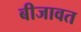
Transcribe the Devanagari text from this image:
बीजावत